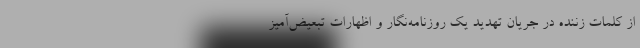
از کلمات زننده در جریان تهدید یک روزنامه‌نگار و اظهارات تبعیض‌آمیز